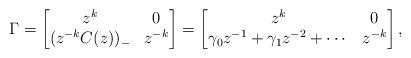
LaTeX: \begin{gather*} \Gamma= \begin{bmatrix}z^{k}&0\\(z^{-k}C(z))_{-}&z^{-k}\end{bmatrix}=\begin{bmatrix}z^{k}&0\\\gamma_{0}z^{-1}+\gamma_{1}z^{-2}+\cdots&z^{-k} \end{bmatrix},\end{gather*}